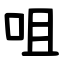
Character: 咀